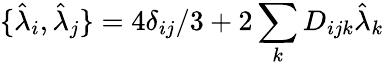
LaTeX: \{ \hat{\lambda}_{i},\hat{\lambda}_{j}\} =4\delta_{ij}/3+2\sum_{k}D_{ijk}\hat{\lambda}_{k}